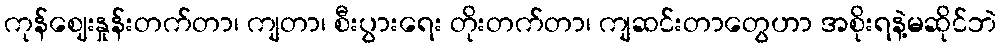
ကုန်ဈေးနှုန်းတက်တာ၊ ကျတာ၊ စီးပွားရေး တိုးတက်တာ၊ ကျဆင်းတာတွေဟာ အစိုးရနဲ့မဆိုင်ဘဲ